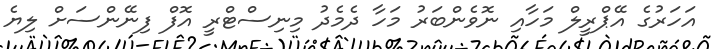
އަހަރުގެ އޭޕްރީލް މަހާއި ނޮވެންބަރު މަހާ ދެމެދު މިނިސްޓްރީ އޮފް ފިނޭންސަށް ލިޔެ